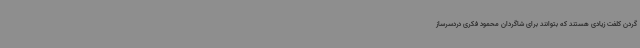
گردن کلفت زیادی هستند که بتوانند برای شاگردان محمود فکری دردسرساز